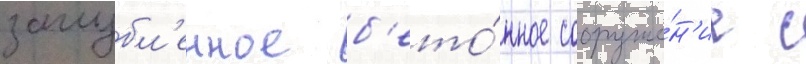
заглубл'енное б'ето́нное сооруже́н'ие с